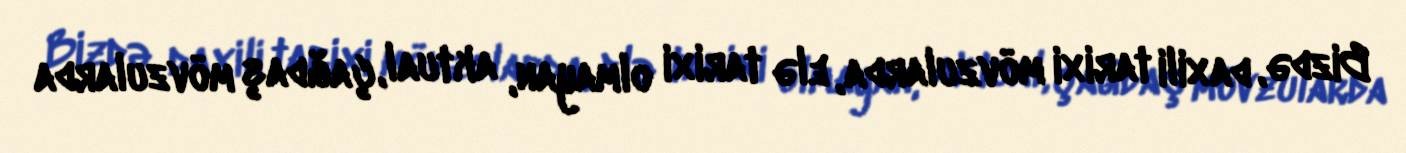
Bizdə, daxili tarixi mövzularda, elə tarixi olmayan, aktual, çağdaş mövzularda